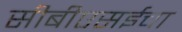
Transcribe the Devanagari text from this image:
सीबीएसईचा